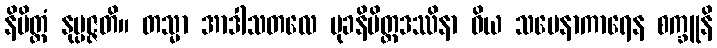
နိမိတ္တံ နုပ္ပဇ္ဇတိ။ တသ္မာ အာဒါသတလေ မုခနိမိတ္တဒဿိနာ ဝိယ သမေနာကာရေန စက္ခူနိ